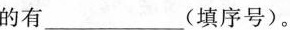
的有_________(填序号)。